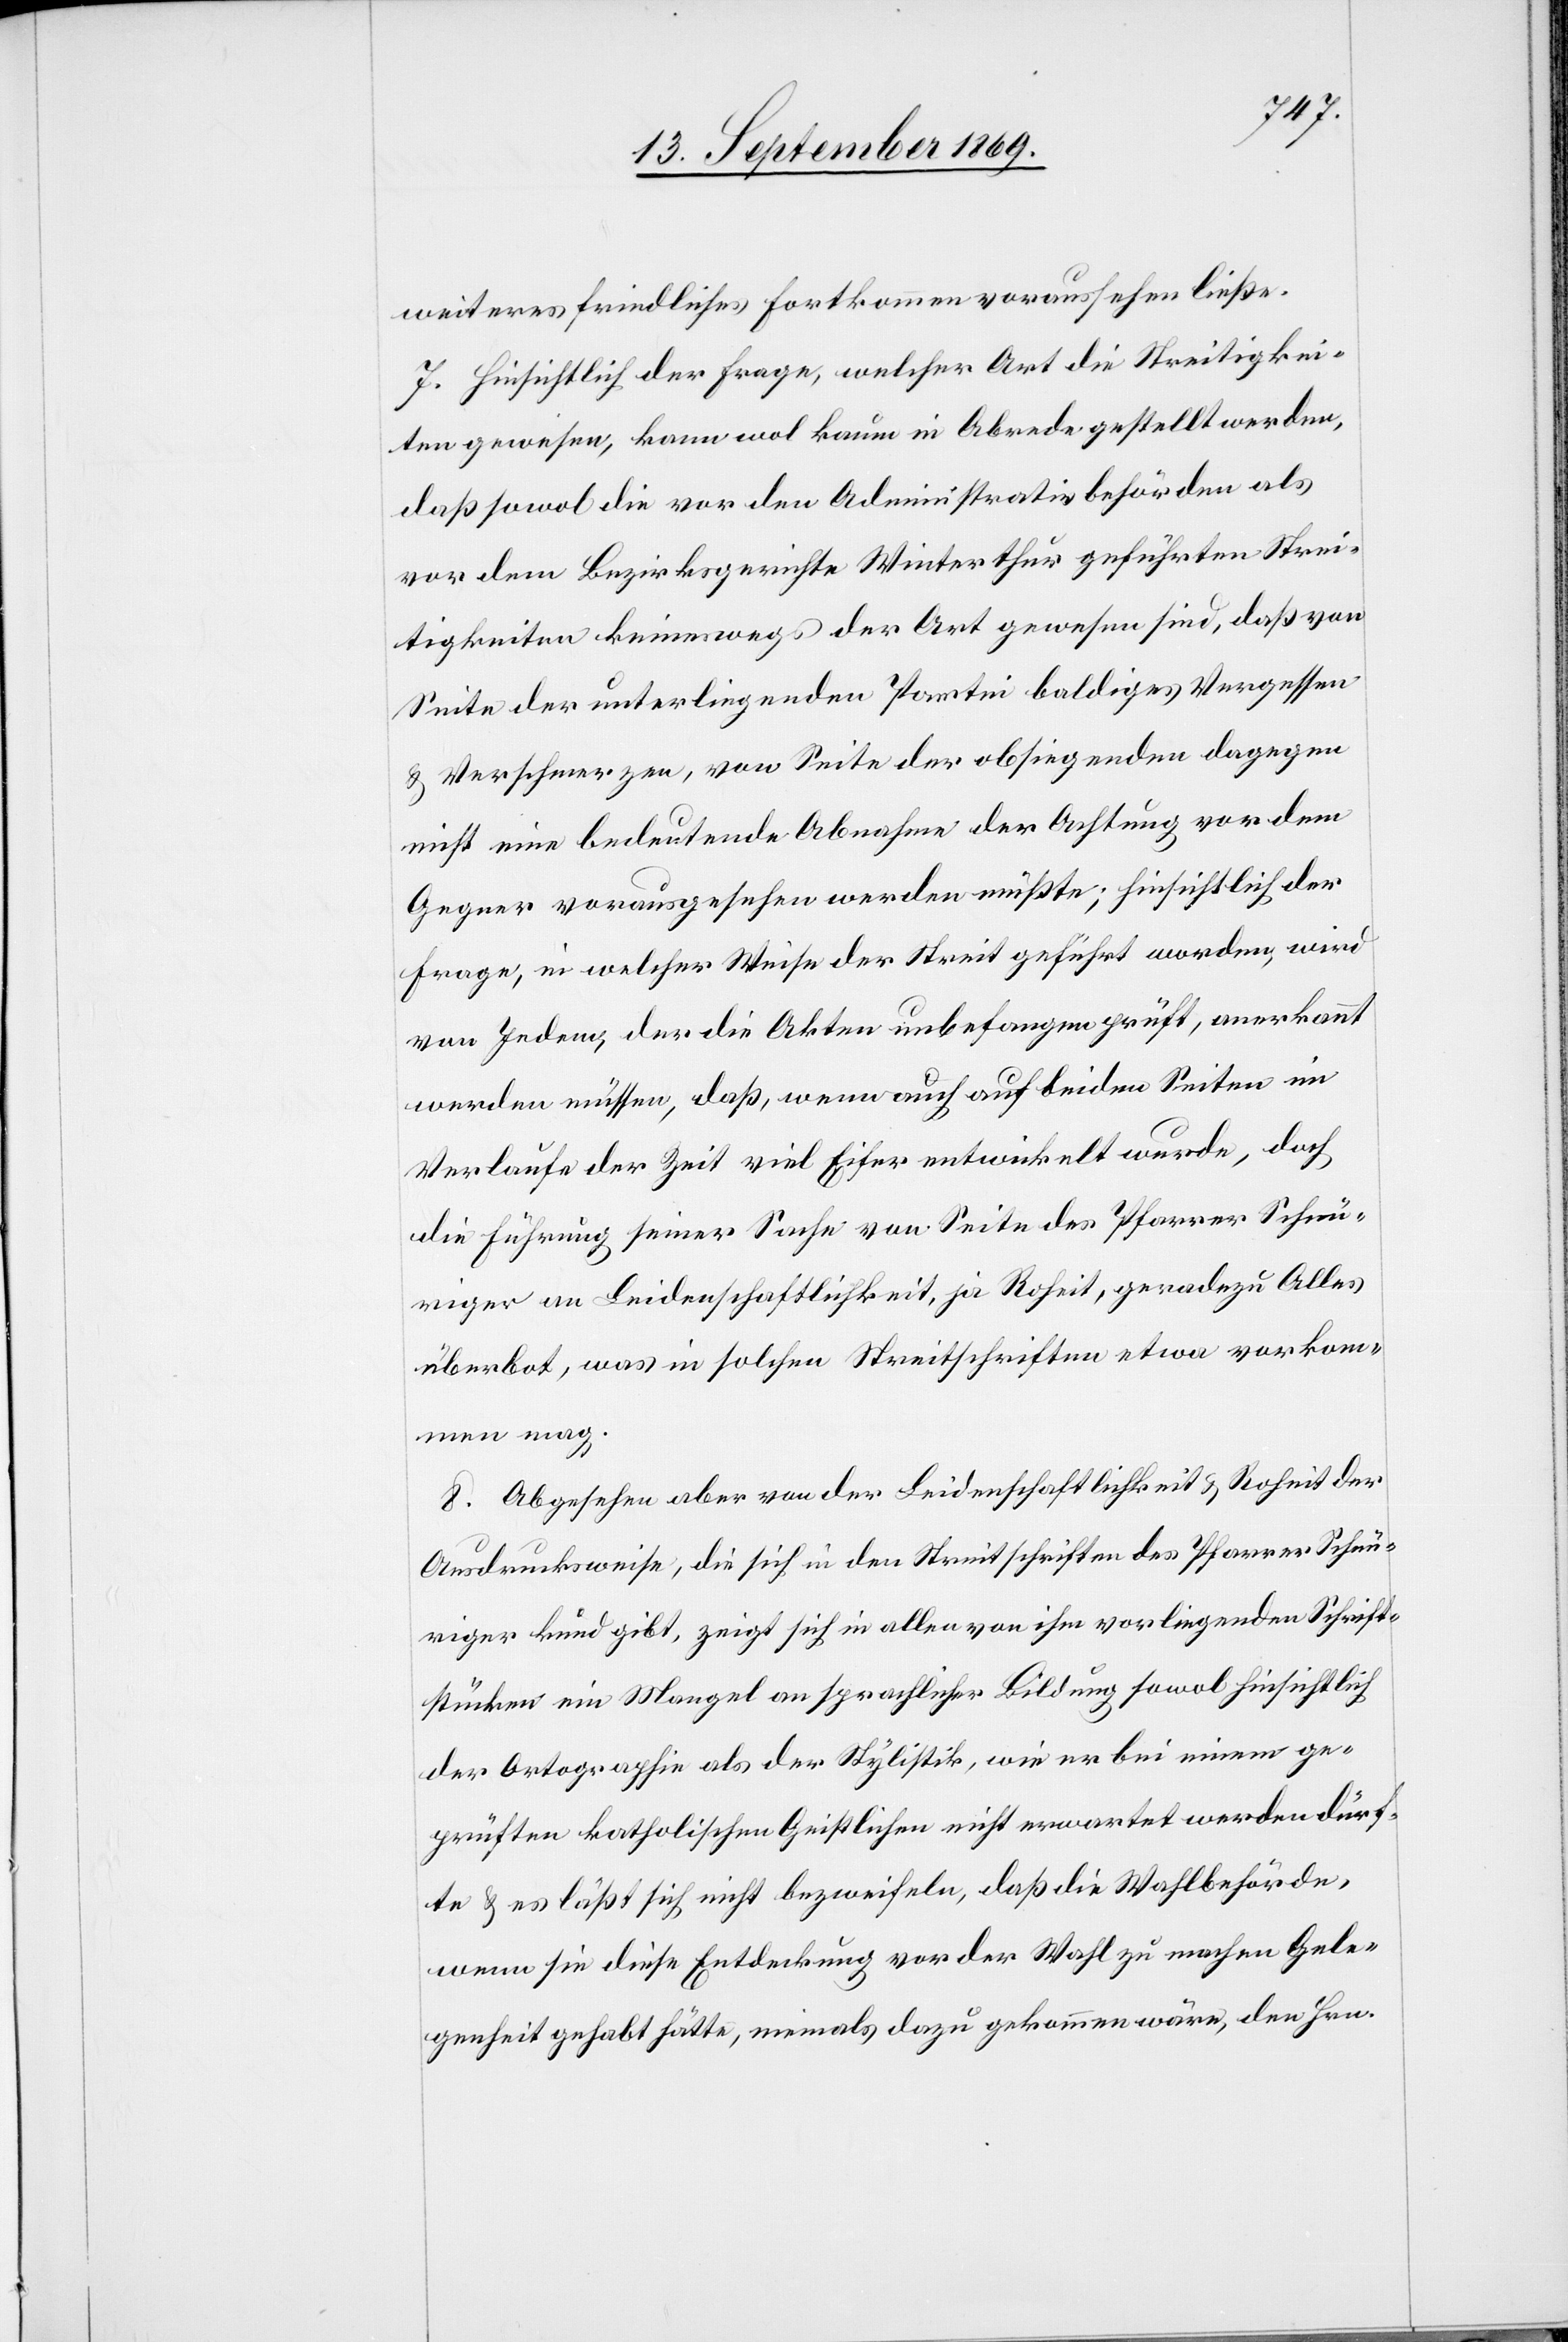
weiteres friedliches Fortkommen voraussehen ließe.
7. Hinsichtlich der Frage, welcher Art die Streitigkei¬
ten gewesen, kann wol kaum in Abrede gestellt werden,
daß sowol die vor den Administrativbehörden als
vor dem Bezirksgerichte Winterthur geführten Strei¬
tigkeiten keineswegs der Art gewesen sind, daß von
Seite der unterliegenden Partei baldiges Vergessen
& Verschmerzen, von Seite der obsiegenden dagegen
nicht eine bedeutende Abnahme der Achtung vor dem
Gegner vorausgesehen werden müßte; hinsichtlich der
Frage, in welcher Weise der Streit geführt worden, wird
von Jedem, der die Akten unbefangen prüft, anerkannt
werden müssen, daß, wenn auch auf beiden Seiten im
Verlaufe der Zeit viel Eifer entwickelt wurde, doch
die Führung seiner Sache von Seite des Pfarrer Schnü¬
riger an Leidenschaftlichkeit, ja Roheit, geradezu Alles
überbot, was in solchen Streitschriften etwa vorkom¬
men mag.
8. Abgesehen aber von der Leidenschaftlichkeit & Roheit der
Ausdrucksweise, die sich in den Streitschriften des Pfarrer Schnü¬
riger kund gibt, zeigt sich in allen von ihm vorliegenden Schrift¬
stücken ein Mangel an sprachlicher Bildung sowol hinsichtlich
der Ortographie als der Stylistik, wie er bei einem ge¬
prüften katholischen Geistlichen nicht erwartet werden dürf¬
te & es läßt sich nicht bezweifeln, daß die Wahlbehörde,
wenn sie diese Entdeckung vor der Wahl zu machen Gele¬
genheit gehabt hätte, niemals dazu gekommen wäre, den Hrn.